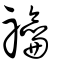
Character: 禴